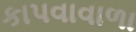
કાપવાવાળા